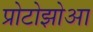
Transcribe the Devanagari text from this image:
प्रोटोझोआ